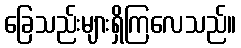
ခြေသည်းများရှိကြလေသည်။